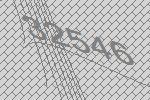
32546